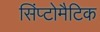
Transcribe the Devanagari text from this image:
सिंप्टोमैटिक